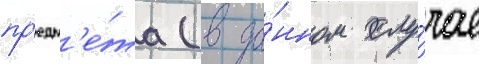
пр'едм'е́та (в да́нном слу́чае